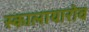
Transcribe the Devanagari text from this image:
स्कालायारोव